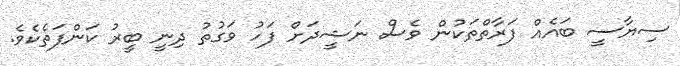
ސިޔާސީ ބައެއް ފަރާތްތަކުން ވެސް ނަޝީދަށް ފަހު ވަގުތު ދިނީ ބީރު ކަންފަތެކެވެ.